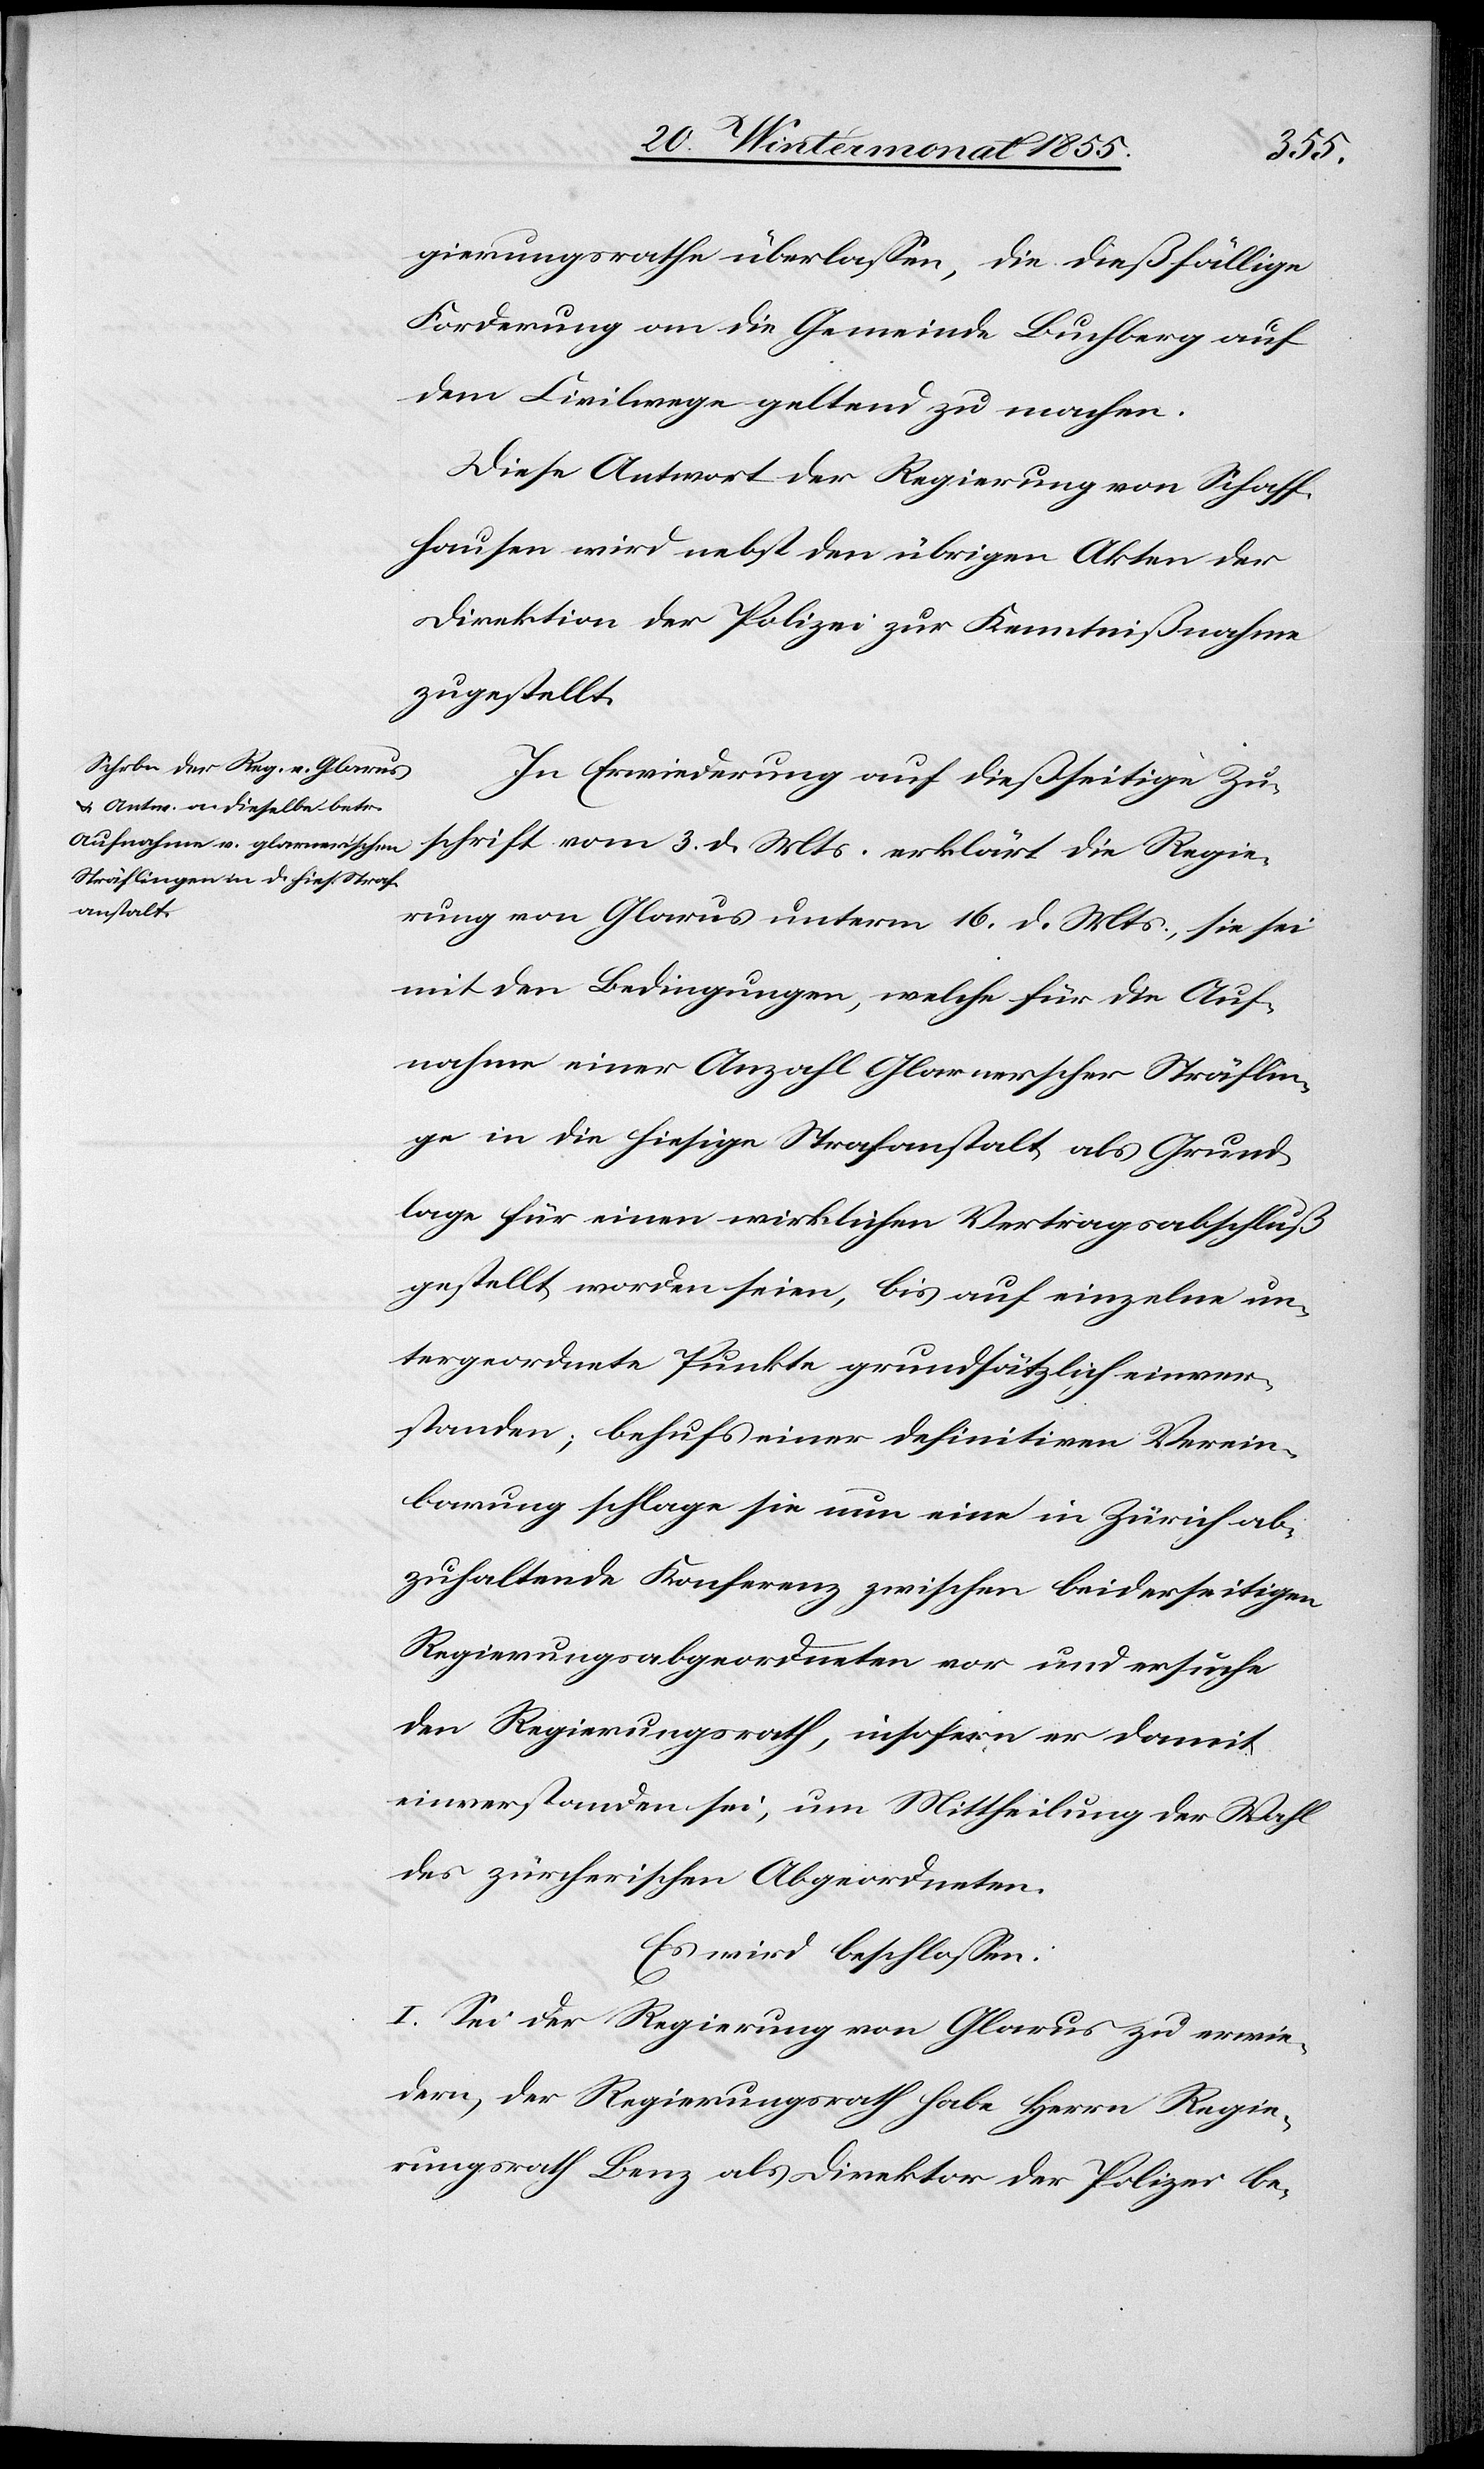
gierungsrathe überlassen, die dießfällige
Forderung an die Gemeinde Buchberg auf
dem Civilwege geltend zu machen.
Diese Antwort der Regierung von Schaff¬
hausen wird nebst den übrigen Akten der
Direktion der Polizei zur Kenntnißnahme
zugestellt.
In Erwiederung auf dießseitige Zu¬
schrift vom 3. d. Mts. erklärt die Regie¬
rung von Glarus unterm 16. d. Mts., sie sei
mit den Bedingungen, welche für die Auf¬
nahme einer Anzahl Glarnerscher Sträflin¬
ge in die hiesige Strafanstalt als Grund¬
lage für einen wirklichen Vertragsabschluß
gestellt worden seien, bis auf einzelne un¬
tergeordnete Punkte grundsätzlich einver¬
standen; behufs einer definitiven Verein¬
barung schlage sie nun eine in Zürich ab¬
zuhaltende Konferenz zwischen beiderseitigen
Regierungsabgeordneten vor und ersuche
den Regierungsrath, insofern er damit
einverstanden sei, um Mittheilung der Wahl
des zürcherischen Abgeordneten.
Es wird beschlossen:
I. Sei der Regierung von Glarus zu erwie¬
dern, der Regierungsrath habe Herrn Regie¬
rungsrath Benz als Direktor der Polizei be-